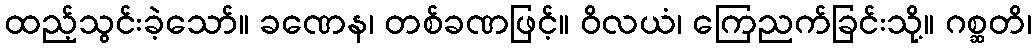
ထည့်သွင်းခဲ့သော်။ ခဏေန၊ တစ်ခဏဖြင့်။ ဝိလယံ၊ ကြေညက်ခြင်းသို့။ ဂစ္ဆတိ၊